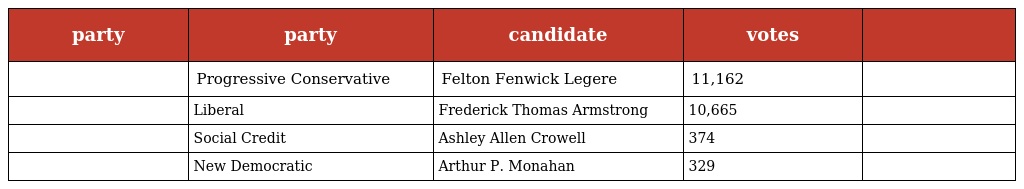
| party | party | candidate | votes |  |
 | --- | --- | --- | --- | --- |
 |  | Progressive Conservative | Felton Fenwick Legere | 11,162 |  |
 |  | Liberal | Frederick Thomas Armstrong | 10,665 |  |
 |  | Social Credit | Ashley Allen Crowell | 374 |  |
 |  | New Democratic | Arthur P. Monahan | 329 |  |